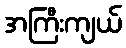
အကြီးကျယ်